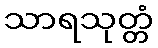
သာရသုတ္တံ